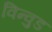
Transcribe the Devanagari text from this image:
विन्वुड